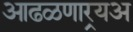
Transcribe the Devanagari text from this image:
आढळणार्‍यअ